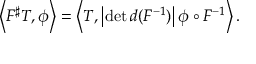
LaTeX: \left\langle F ^ { \sharp } T , \phi \right\rangle = \left\langle T , \left| \operatorname* { d e t } d ( F ^ { - 1 } ) \right| \phi \circ F ^ { - 1 } \right\rangle .